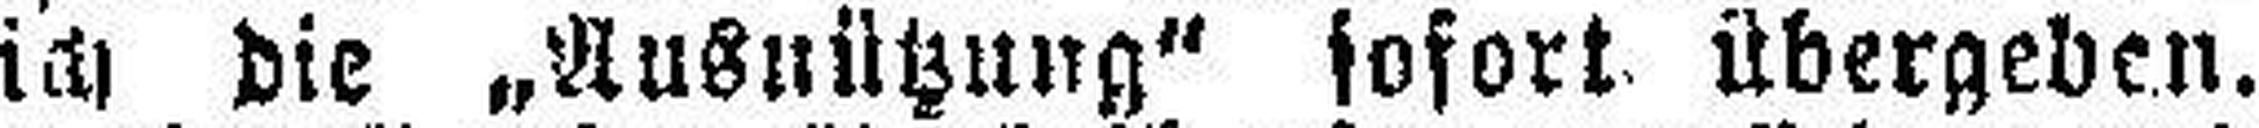
ich die „Ausnützung“ sofort übergeben.